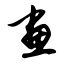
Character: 画